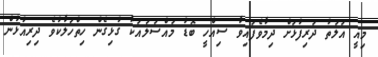
މިއީ އަލަތު ދަރިފުޅަށް ދިމާވެފައިވާ ސިއްހީ ބޮޑު މައްސަލައަކާ ގުޅިގެން ހިތްހަލާކުވެ ދިރިއުޅުން